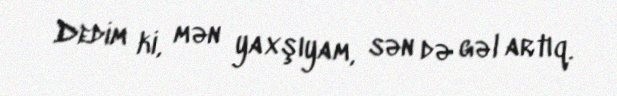
Dedim ki, mən yaxşıyam, sən də gəl artıq.